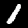
Label: 1